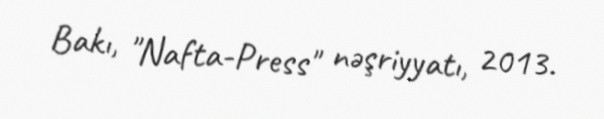
Bakı, "Nafta-Press" nəşriyyatı, 2013.